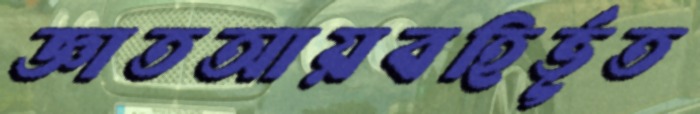
জ্ঞাতআয়বহির্ভূত